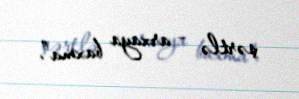
şərtlə – arxaya baxma”.